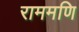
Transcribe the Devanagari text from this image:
राममणि